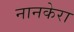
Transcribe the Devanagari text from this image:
नानकेरा